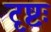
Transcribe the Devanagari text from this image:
दृष्टः